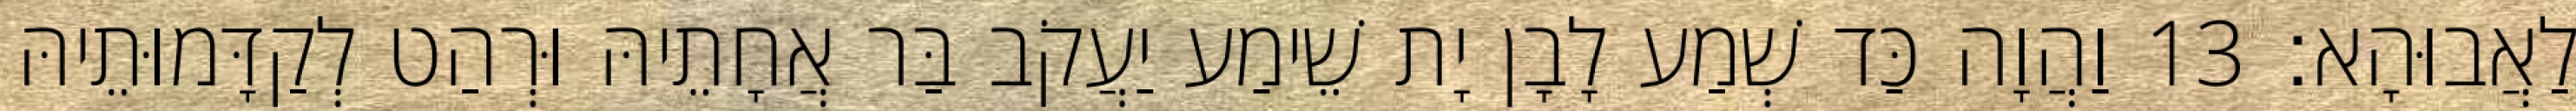
לַאֲבוּהָא׃ 13 וַהֲוָה כַּד שְׁמַע לָבָן יָת שֵׁימַע יַעֲקֹב בַּר אֲחָתֵיהּ וּרְהַט לְקַדָּמוּתֵיהּ